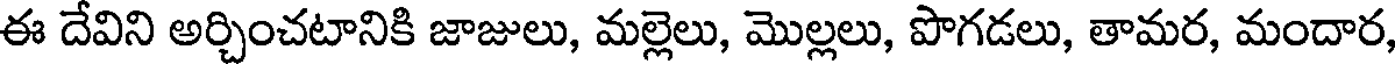
ఈ దేవిని అర్చించటానికి జాజులు, మల్లెలు, మొల్లలు, పొగడలు, తామర, మందార,